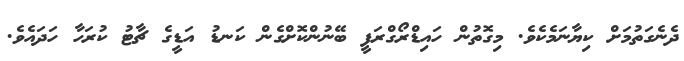
ދެނެގަތުމަށް ކިޔާނަމެކެވެ. މިގޮތުން ހައިޑްރޯގްރަފީ ބޭނުންކޮށްގެން ކަނޑު އަޑީގެ ޗާޓު ކުރަހާ ހަދައެވެ.